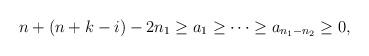
LaTeX: \begin{align*}n+(n+k-i)-2n_1 \geq a_1 \geq \cdots \geq a_{n_1 -n_2} \geq 0,\end{align*}